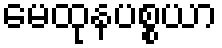
မေထုနပစ္စယာ